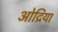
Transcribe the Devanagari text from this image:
ओद्रिया